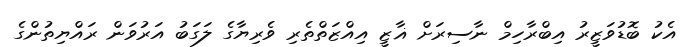
އެކު ބޮޑުވަޒީރު އިބްރާހިމް ނާސިރަށް ޣާޒީ އިއްޒަތްތެރި ވެރިޔާގެ ލަގަބު އަރުވަން ރައްޔިތުންގެ